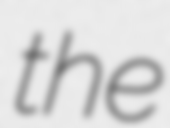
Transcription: the